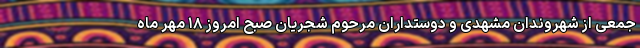
جمعی از شهروندان مشهدی و دوستداران مرحوم شجریان صبح امروز ۱۸ مهر ماه